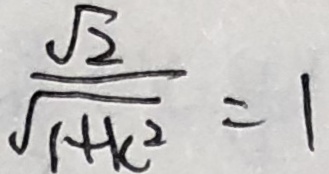
\frac { \sqrt { 2 } } { \sqrt { 1 + k ^ { 2 } } } = 1